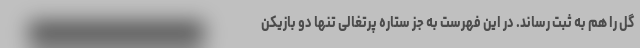
گل را هم به ثبت رساند. در این فهرست به جز ستاره پرتغالی تنها دو بازیکن